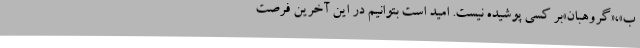
ب»،«گروهبان»بر کسی پوشیده نیست. امید است بتوانیم در این آخرین فرصت